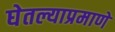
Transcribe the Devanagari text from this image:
घेतल्याप्रमाणे